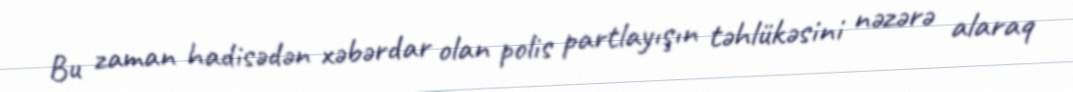
Bu zaman hadisədən xəbərdar olan polis partlayışın təhlükəsini nəzərə alaraq